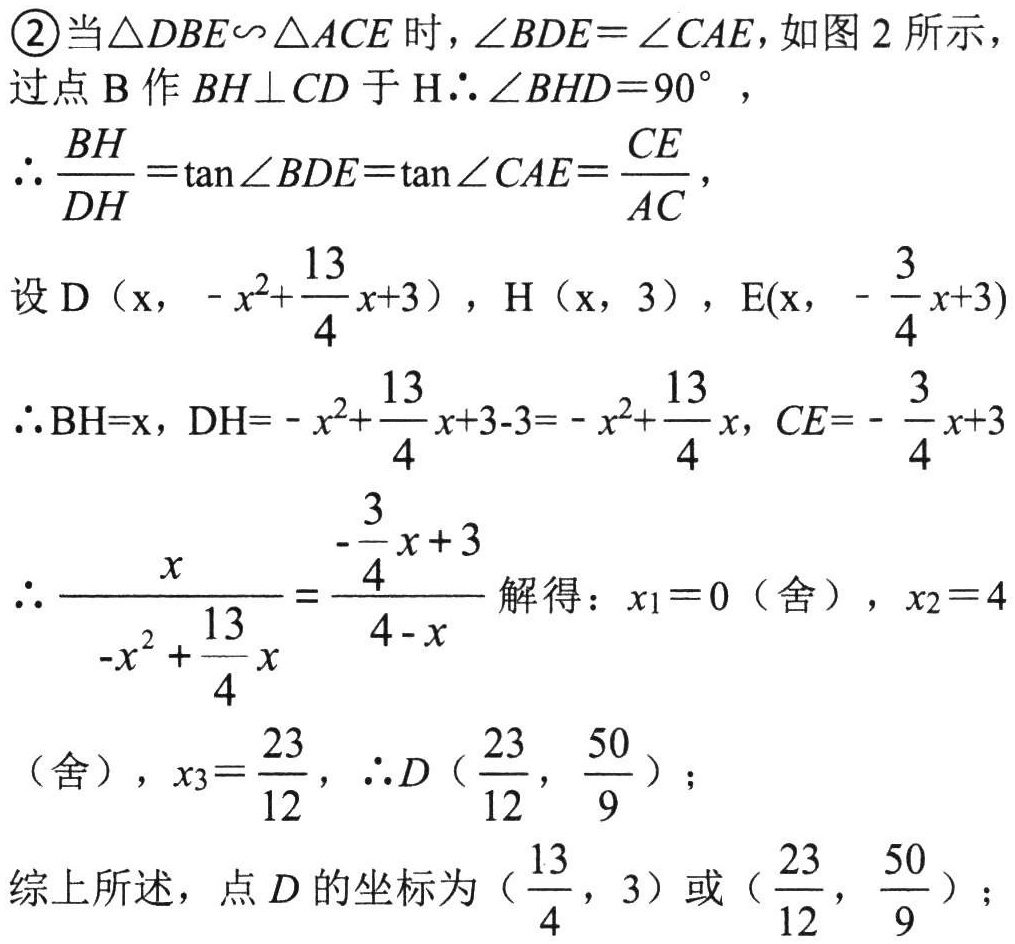
\textcircled{2}当\(\triangle DBE\backsim\triangle ACE\)时，\(\angle BDE = \angle CAE\)，如图 2 所示，
过点\(B\)作\(BH\perp CD\)于\(H\therefore\angle BHD = 90^{\circ}\)，
\(\therefore\frac{BH}{DH}=\tan\angle BDE=\tan\angle CAE=\frac{CE}{AC}\)，
设\(D（x,\ -x^{2}+\frac{13}{4}x + 3）\)，\(H（x,\ 3）\)，\(E(x,\ -\frac{3}{4}x + 3)\)
\(\therefore BH = x\)，\(DH=-x^{2}+\frac{13}{4}x + 3 - 3=-x^{2}+\frac{13}{4}x\)，\(CE=-\frac{3}{4}x + 3\)
\(\therefore\frac{x}{-x^{2}+\frac{13}{4}x}=\frac{-\frac{3}{4}x + 3}{4 - x}\)解得：\(x_{1}=0\)（舍），\(x_{2}=4\)
（舍），\(x_{3}=\frac{23}{12}\)，\(\therefore D（\frac{23}{12},\frac{50}{9}）\)；
综上所述，点\(D\)的坐标为\((\frac{13}{4},\ 3)\)或\((\frac{23}{12},\frac{50}{9})\)；